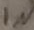
Text: IN